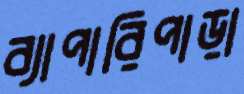
ব্যাপারিপাড়া